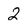
Character: 2